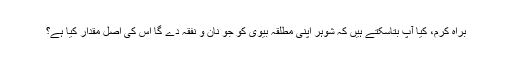
براہ کرم، کیا آپ بتاسکتے ہیں کہ شوہر اپنی مطلقہ بیوی کو جو نان و نفقہ دے گا اس کی اصل مقدار کیا ہے؟